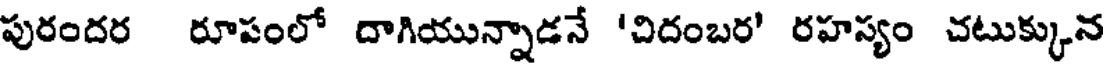
పురందర రూపంలో దాగియున్నాడనే 'చిదంబర' రహస్యం చటుక్కున